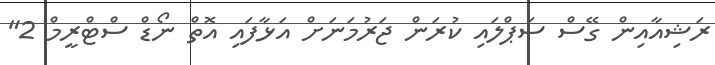
ރަޝިއާއިން ގޭސް ސަޕްލައި ކުރަން ޖަރުމަނަށް އަޅާފައި އޮތް ނޯޑް ސްޓްރީމް 2"